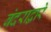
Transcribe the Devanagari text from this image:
बंदराद्वारे